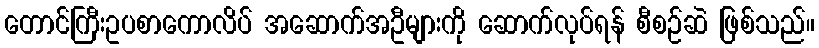
တောင်ကြီးဥပစာကောလိပ် အဆောက်အဦများကို ဆောက်လုပ်ရန် စီစဉ်ဆဲ ဖြစ်သည်။